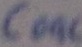
Text: C09C